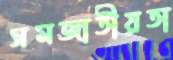
সমজাতীয়তা